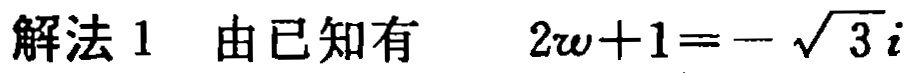
解法 1 由已知有 \(2w + 1 = -\sqrt{3}i\)